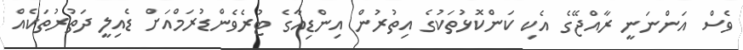
ވެސް އަންނަނީ ރާއްޖޭގެ އެކި ކަންކޮޅުތަކުގެ އިތުރުން އިންޑިއާގެ ޓުރެވެންޑުރަމްއަށް ޑެއިލީ ދަތުރުތަކެއް